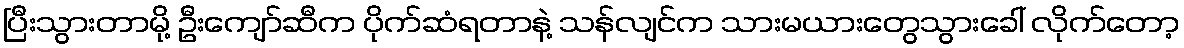
ပြီးသွားတာမို့ ဦးကျော်ဆီက ပိုက်ဆံရတာနဲ့ သန်လျင်က သားမယားတွေသွားခေါ် လိုက်တော့